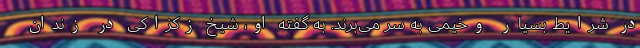
در شرایط بسیار وخیمی به سر می‌برند. به گفته او، شیخ زکزاکی در زندان